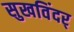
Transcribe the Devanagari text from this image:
सुखविंदर्